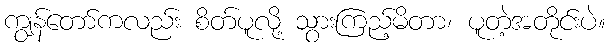
ကျွန်တော်ကလည်း စိတ်ပူလို့ သွားကြည့်မိတာ၊ ပူတဲ့အတိုင်းပဲ။